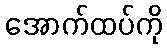
အောက်ထပ်ကို